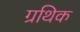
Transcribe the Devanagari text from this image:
ग्रथिक